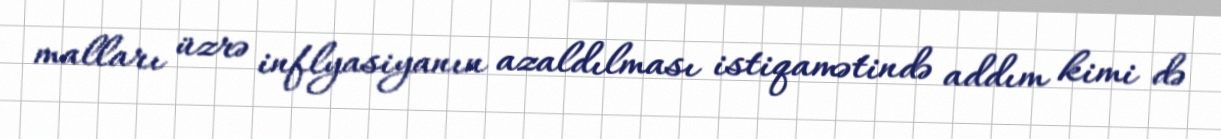
malları üzrə inflyasiyanın azaldılması istiqamətində addım kimi də